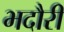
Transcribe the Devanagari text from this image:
भदौरी